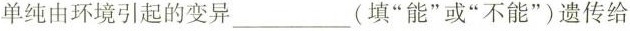
单纯由环境引起的变异___(填”能”或”不能”)遗传给